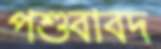
পশুবাবদ